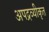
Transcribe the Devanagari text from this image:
अपद्रव्यीकृत